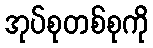
အုပ်စုတစ်စုကို